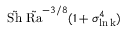
\tilde { \mathrm { S h } } \ \tilde { \mathrm { R a } } ^ { - 3 / 8 } ( 1 + \sigma _ { \mathrm { \ln k } } ^ { 4 } )